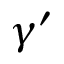
\gamma ^ { \prime }